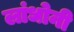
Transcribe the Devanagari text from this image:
लांधोनी